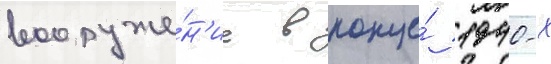
вооруже́н'ие в конце́ 1940-х